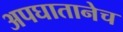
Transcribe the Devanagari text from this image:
अपघातानेच